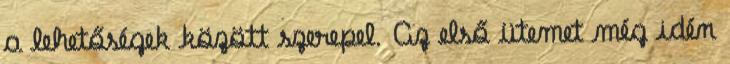
a lehetőségek között szerepel. Az első ütemet még idén